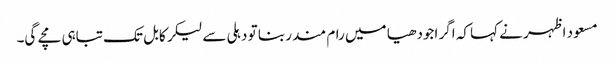
مسعود اظہر نے کہا کہ اگر اجودھیا میں رام مندر بنا تو دہلی سے لیکر کابل تک تباہی مچے گی۔